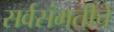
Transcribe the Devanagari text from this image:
सर्वसंमतीचे